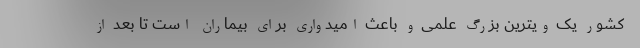
کشور یک ویترین بزرگ علمی و باعث امیدواری برای بیماران است تا بعد از